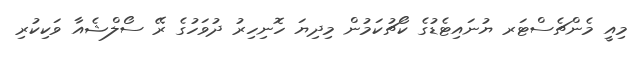
މިއީ މެންޗެސްޓަރ ޔުނައިޓެޑުގެ ކޯޗުކަމުން މިދިޔަ ހޮނިހިރު ދުވަހުގެ ރޭ ސޯލްޝެއާ ވަކިކުރި